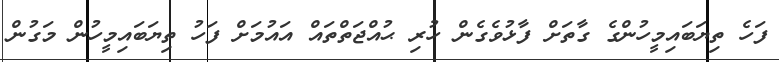
ފަހެ ތިޔަބައިމީހުންގެ ގާތަށް ފާޅުވެގެން ހުރި ޙުއްޖަތްތައް އައުމަށް ފަހު ތިޔަބައިމީހުން މަގުން